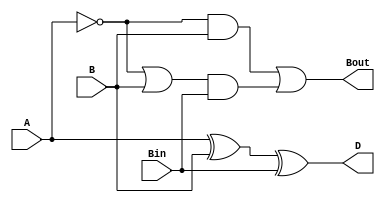
module full_sub (
    input wire A,     // Minuend
    input wire B,     // Subtrahend
    input wire Bin,   // Borrow-in
    output wire D,    // Difference
    output wire Bout  // Borrow-out
);

    
    assign D = A ^ B ^ Bin;            
    assign Bout = (~A & B) | ((~A | B) & Bin);  

endmodule